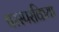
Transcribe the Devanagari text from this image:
परस्परकिया